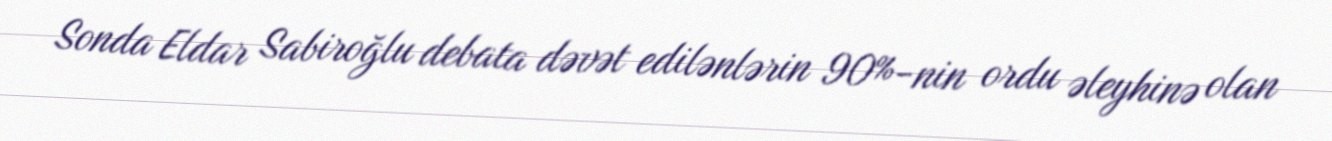
Sonda Eldar Sabiroğlu debata dəvət edilənlərin 90%-nin ordu əleyhinə olan